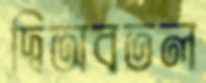
দ্বিঅবতল